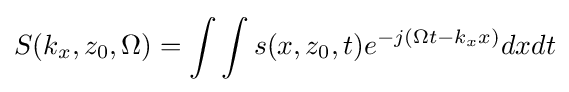
S(k_{x},z_{0},\Omega )=\int \int s(x,z_{0},t)e^{-j(\Omega t-k_{x}x)}dxdt